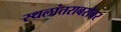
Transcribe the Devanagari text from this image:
स्थलांतराबरोबर